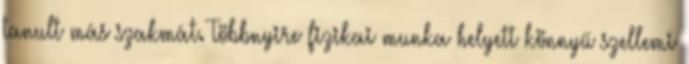
tanult más szakmát. Többnyire fizikai munka helyett könnyű szellemi